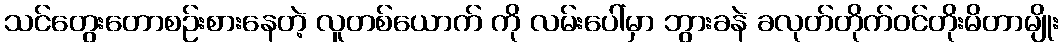
သင်တွေးတောစဉ်းစားနေတဲ့ လူတစ်ယောက် ကို လမ်းပေါ်မှာ ဘွားခနဲ ခလုတ်တိုက်ဝင်တိုးမိတာမျိုး